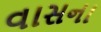
વાસના